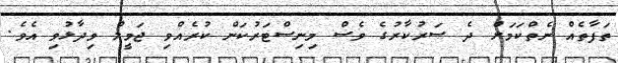
ތަފާތެއް ނެތްކަމަށް ދެ ސަރުކާރުގެ ވެސް މިނިސްޓަރުކަން ކުރެއްވި ޖަމީލް ވިދާޅުވި އެވެ.